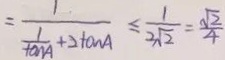
= \frac { 1 } { \frac { 1 } { \tan A } + 2 \tan A } \leq \frac { 1 } { 2 \sqrt { 2 } } = \frac { \sqrt { 2 } } { 4 }